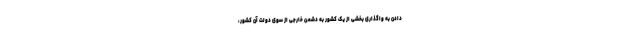
دادن به واگذاری بخشی از یک کشور به دشمن خارجی از سوی دولت آن کشور،